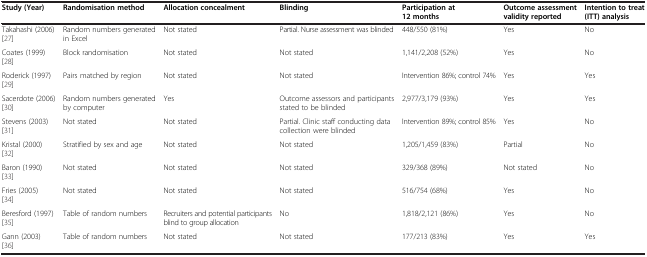
<table><thead><tr><td><b>Study (Year)</b></td><td><b>Randomisation method</b></td><td><b>Allocation concealment</b></td><td><b>Blinding</b></td><td><b>Participation at 12 months</b></td><td><b>Outcome assessment validity reported</b></td><td><b>Intention to treat (ITT) analysis</b></td></tr></thead><tbody><tr><td>Takahashi (2006)[27]</td><td>Random numbers generated in Excel</td><td>Not stated</td><td>Partial. Nurse assessment was blinded</td><td>448/550 (81%)</td><td>Yes</td><td>No</td></tr><tr><td>Coates (1999)[28]</td><td>Block randomisation</td><td>Not stated</td><td>Not stated</td><td>1,141/2,208 (52%)</td><td>Yes</td><td>No</td></tr><tr><td>Roderick (1997)[29]</td><td>Pairs matched by region</td><td>Not stated</td><td>Not stated</td><td>Intervention 86%; control 74%</td><td>Yes</td><td>Yes</td></tr><tr><td>Sacerdote (2006)[30]</td><td>Random numbers generated by computer</td><td>Yes</td><td>Outcome assessors and participants stated to be blinded</td><td>2,977/3,179 (93%)</td><td>Yes</td><td>Yes</td></tr><tr><td>Stevens (2003)[31]</td><td>Not stated</td><td>Not stated</td><td>Partial. Clinic staff conducting data collection were blinded</td><td>Intervention 89%; control 85%</td><td>Yes</td><td>No</td></tr><tr><td>Kristal (2000)[32]</td><td>Stratified by sex and age</td><td>Not stated</td><td>Not stated</td><td>1,205/1,459 (83%)</td><td>Partial</td><td>No</td></tr><tr><td>Baron (1990)[33]</td><td>Not stated</td><td>Not stated</td><td>Not stated</td><td>329/368 (89%)</td><td>Not stated</td><td>No</td></tr><tr><td>Fries (2005)[34]</td><td>Not stated</td><td>Not stated</td><td>Not stated</td><td>516/754 (68%)</td><td>Yes</td><td>No</td></tr><tr><td>Beresford (1997)[35]</td><td>Table of random numbers</td><td>Recruiters and potential participants blind to group allocation</td><td>No</td><td>1,818/2,121 (86%)</td><td>Yes</td><td>No</td></tr><tr><td>Gann (2003)[36]</td><td>Table of random numbers</td><td>Not stated</td><td>Not stated</td><td>177/213 (83%)</td><td>Yes</td><td>Yes</td></tr></tbody></table>